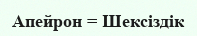
Апейрон = Шексіздік